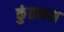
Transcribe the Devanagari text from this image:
कुंठावश